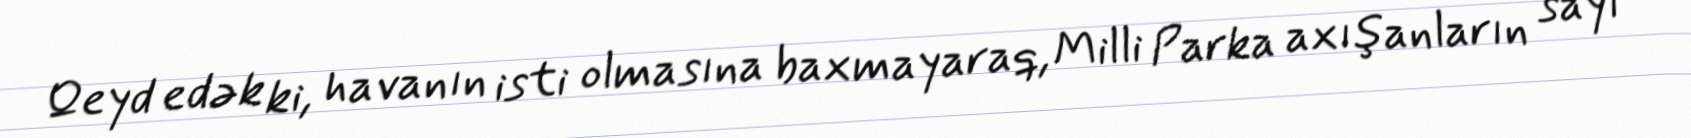
Qeyd edək ki, havanın isti olmasına baxmayaraq, Milli Parka axışanların sayı